Document type: payment_order
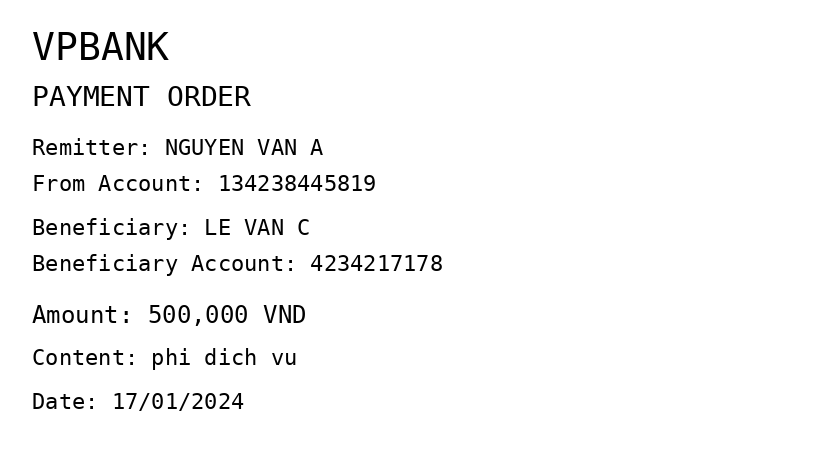
OCR transcript:
VPBANK
PAYMENT ORDER
Remitter: NGUYEN VAN A
From Account: 134238445819
Beneficiary: LE VAN C
Beneficiary Account: 4234217178
Amount: 500,000 VND
Content: phi dich vu
Date: 17/01/2024
Extracted fields:
bank_name: vpbank
sender_name: nguyen van a
sender_account: 134238445819
beneficiary_name: le van c
beneficiary_account: 4234217178
amount: 500000
content: phi dich vu
date: 2024-01-17